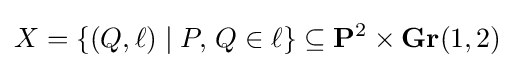
X=\{(Q,\ell )\mid P,\,Q\in \ell \}\subseteq \mathbf {P} ^{2}\times \mathbf {Gr} (1,2)